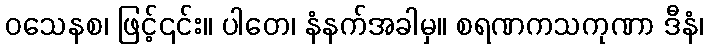
ဝသေနစ၊ ဖြင့်၎င်း။ ပါတေ၊ နံနက်အခါမှ။ စရဏကသကုဏာ ဒီနံ၊